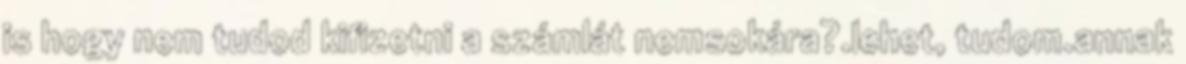
is hogy nem tudod kifizetni a számlát nemsokára?.lehet, tudom.annak